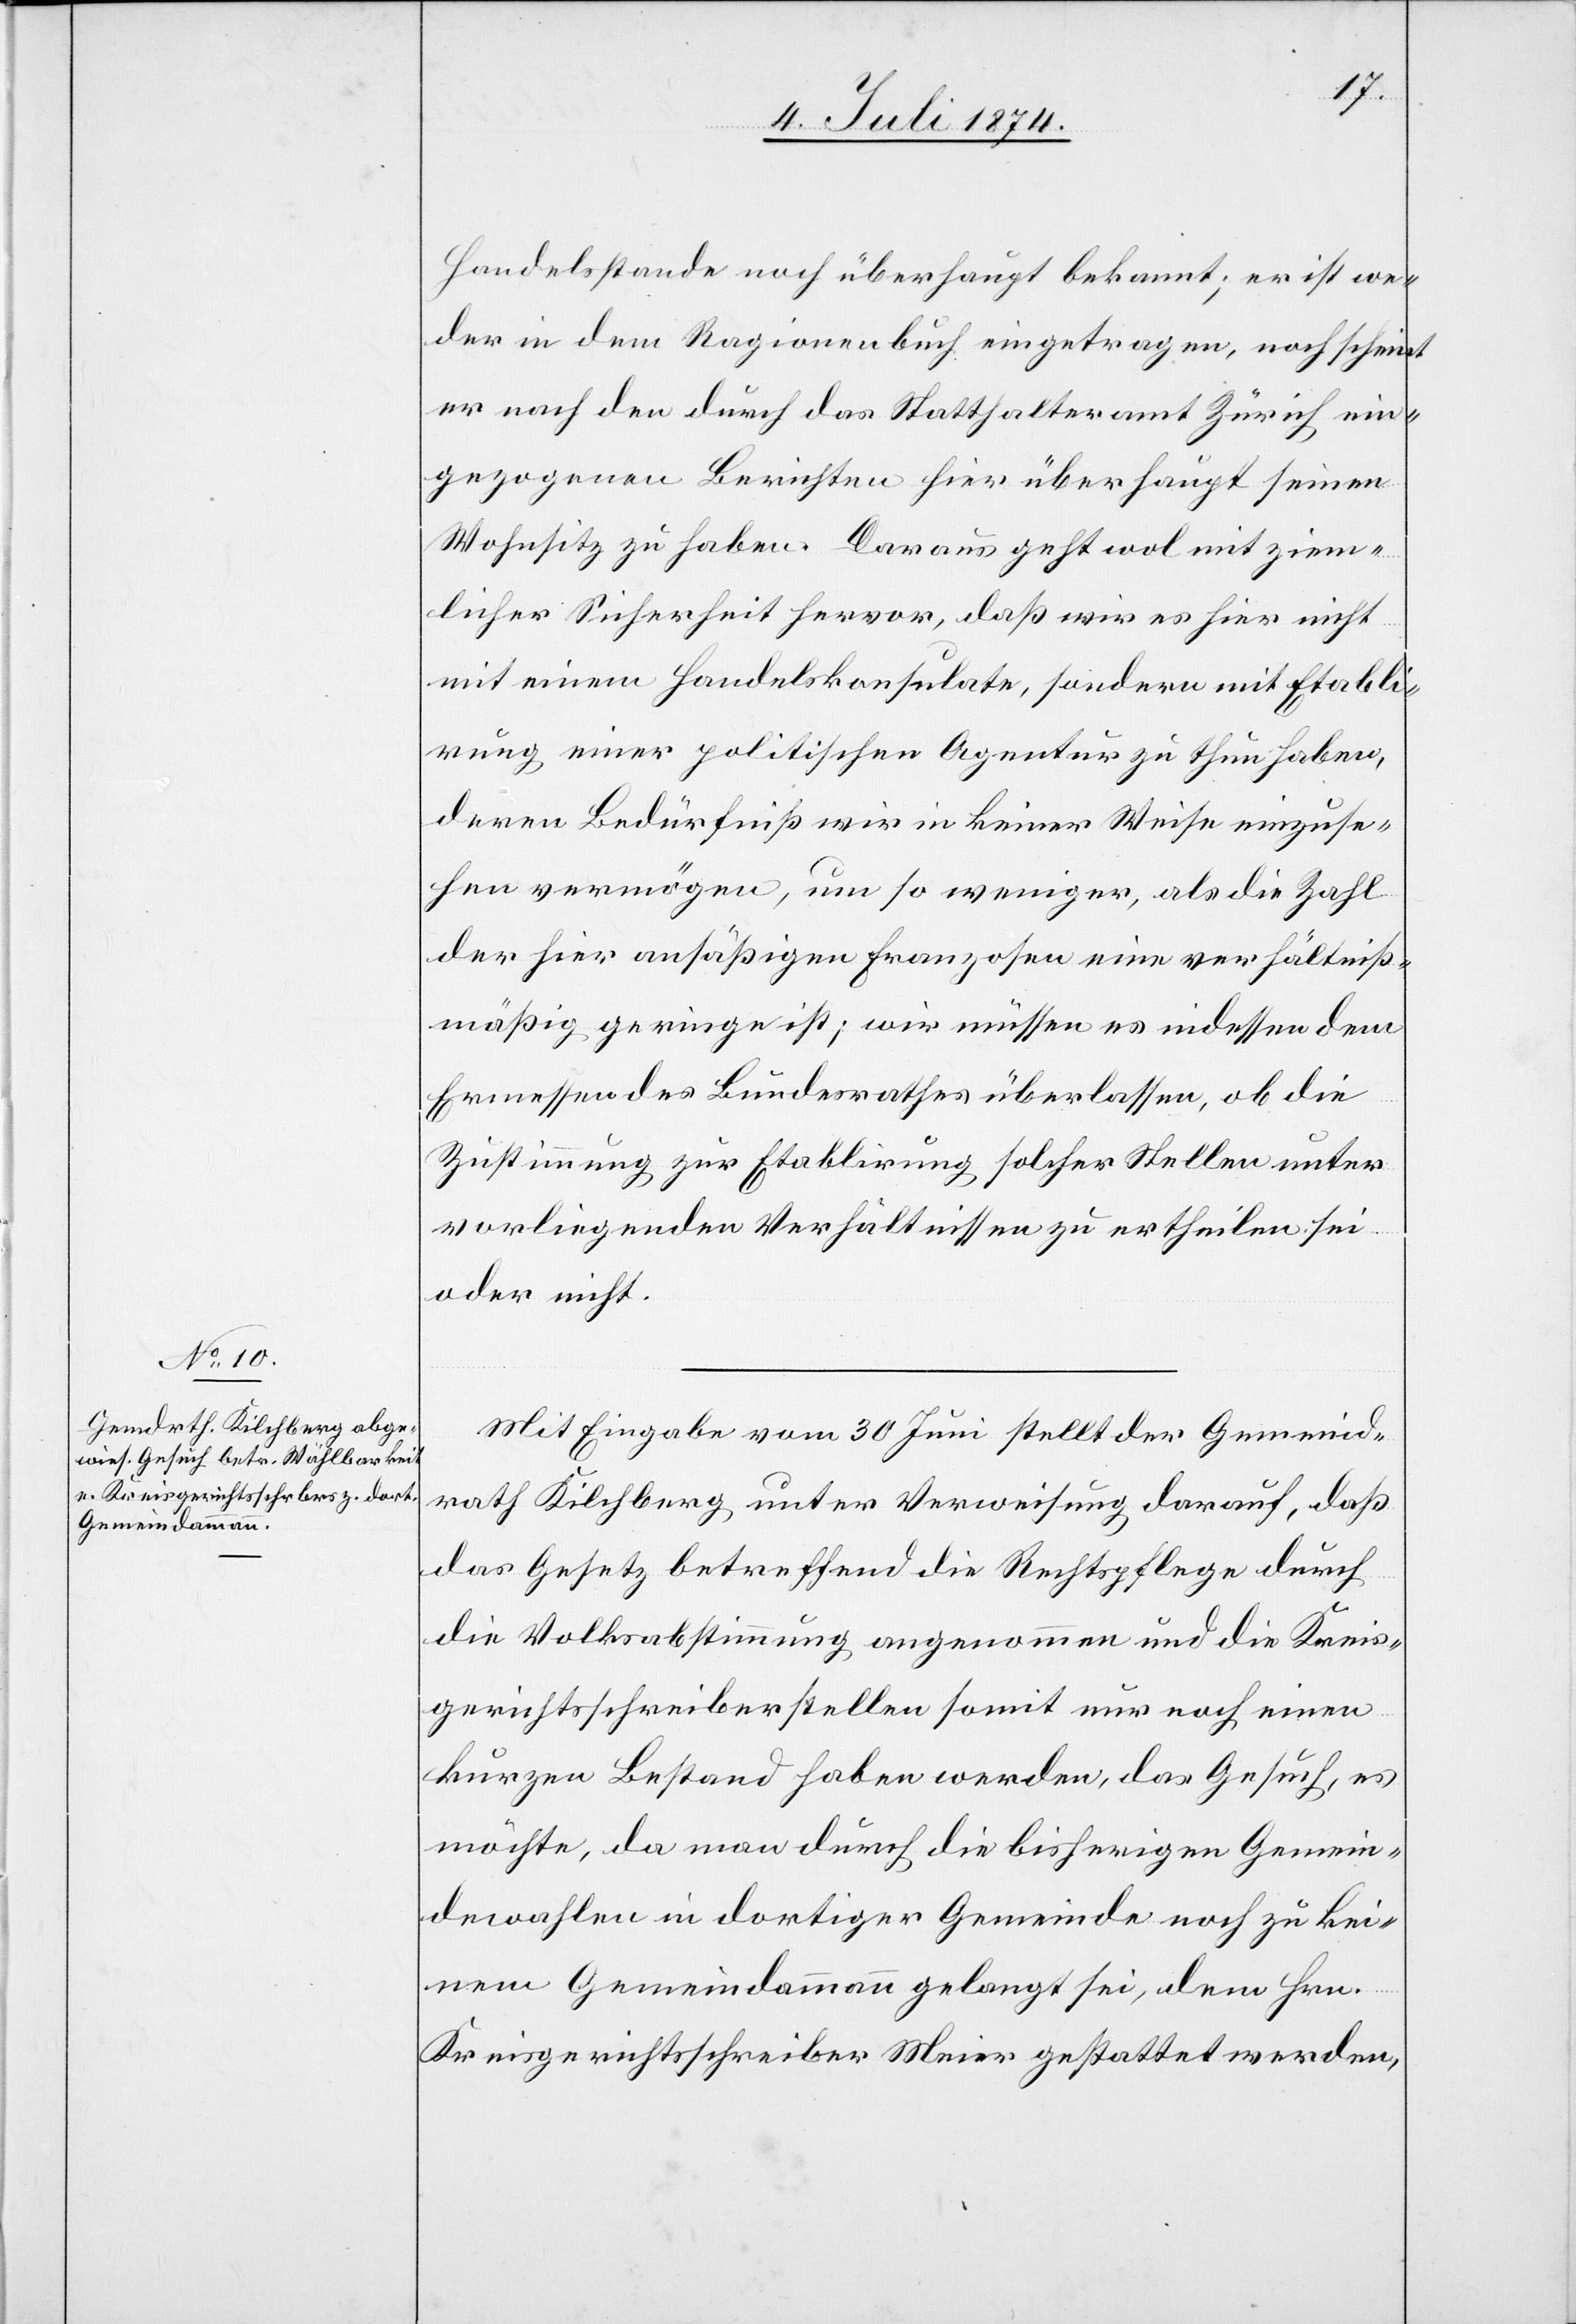
Handelsstande noch überhaupt bekannt; er ist we¬
der in dem Ragionenbuch eingetragen, noch scheint
er nach den durch das Statthalteramt Zürich ein¬
gezogenen Berichten hier überhaupt seinen
Wohnsitz zu haben. Daraus geht wol mit ziem¬
licher Sicherheit hervor, daß wir es hier nicht
mit einem Handelskonsulate, sondern mit Etabli¬
rung einer politischen Agentur zu thun haben,
deren Bedürfniß wir in keiner Weise einzuse¬
hen vermögen, um so weniger, als die Zahl
der hier ansäßigen Franzosen eine verhältniß¬
mäßig geringe ist; wir müssen es indessen dem
Ermessen des Bundesrathes überlassen, ob die
Zustimmung zur Etablirung solcher Stellen unter
vorliegenden Verhältnissen zu ertheilen sei
oder nicht.
Mit Eingabe vom 30. Juni stellt der Gemeind¬
rath Kilchberg unter Verweisung darauf, daß
das Gesetz betreffend die Rechtspflege durch
die Volksabstimmung angenommen und die Kreis¬
gerichtsschreiberstellen somit nur noch einen
kurzen Bestand haben werden, das Gesuch, es
möchte, da man durch die bisherigen Gemein¬
dewahlen in dortiger Gemeinde noch zu kei¬
nem Gemeindammann gelangt sei, dem Hrn.
Kreisgerichtsschreiber Meier gestattet werden,